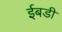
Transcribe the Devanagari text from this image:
ईबडी